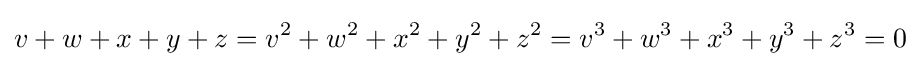
v+w+x+y+z=v^{2}+w^{2}+x^{2}+y^{2}+z^{2}=v^{3}+w^{3}+x^{3}+y^{3}+z^{3}=0